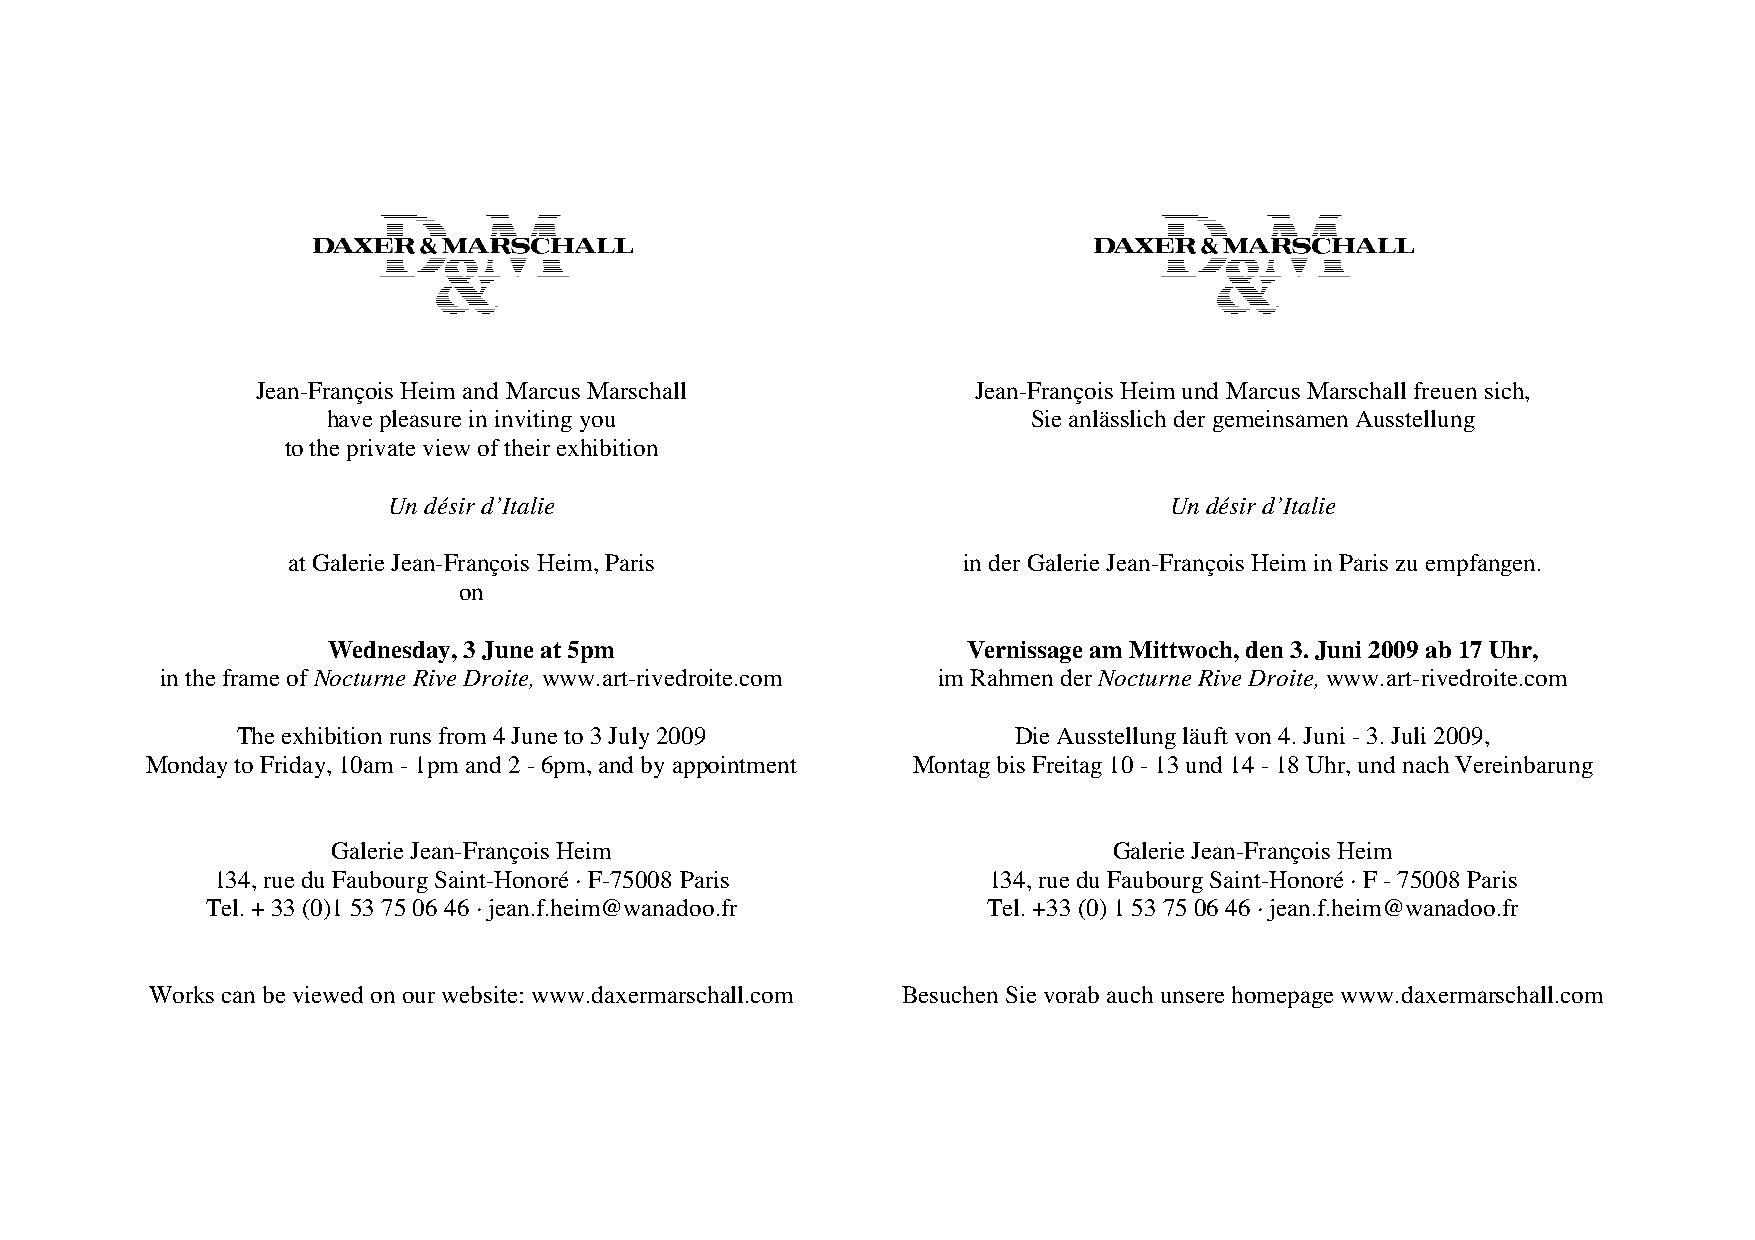
Jean-François Heim and Marcus Marschall         Jean-François Heim und Marcus Marschall freuen sich,
 have pleasure in inviting you                 Sie anlässlich der gemeinsamen Ausstellung
 to the private view of their exhibition
 Un désir d’Italie                                  Un désir d’Italie
 at Galerie Jean-François Heim, Paris         in der Galerie Jean-François Heim in Paris zu empfangen.
 on
 Wednesday, 3 June at 5pm                  Vernissage am Mittwoch, den 3. Juni 2009 ab 17 Uhr,
 in the frame of Nocturne Rive Droite, www.art-rivedroite.com im Rahmen der Nocturne Rive Droite, www.art-rivedroite.com
 The exhibition runs from 4 June to 3 July 2009     Die Ausstellung läuft von 4. Juni - 3. Juli 2009,
 Monday to Friday, 10am - 1pm and 2 - 6pm, and by appointment Montag bis Freitag 10 - 13 und 14 - 18 Uhr, und nach Vereinbarung
 Galerie Jean-François Heim                          Galerie Jean-François Heim
 134, rue du Faubourg Saint-Honoré · F-75008 Paris  134, rue du Faubourg Saint-Honoré · F - 75008 Paris
 Tel. + 33 (0)1 53 75 06 46 · jean.f.heim@wanadoo.fr Tel. +33 (0) 1 53 75 06 46 · jean.f.heim@wanadoo.fr
 Works can be viewed on our website: www.daxermarschall.com Besuchen Sie vorab auch unsere homepage www.daxermarschall.com